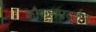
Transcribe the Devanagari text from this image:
कौशलप्रदर्शन